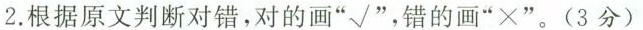
2.根据原文判断对错，对的画”√”，错的画”×”。(3分)